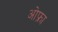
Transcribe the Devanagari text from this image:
ओफ्रा